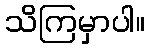
သိကြမှာပါ။